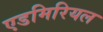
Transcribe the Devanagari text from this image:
एडमिरियल